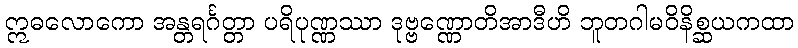
ဣဓလောကော အန္တရင်္ဂတ္တာ ပရိပုဏ္ဏဿာ ဒုဗ္ဗဏ္ဏောတိအာဒီဟိ ဘူတဂါမဝိနိစ္ဆယကထာ